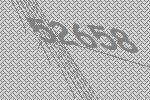
52658